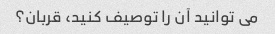
می توانید آن را توصیف کنید، قربان؟